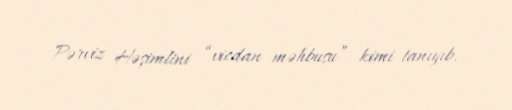
Pərviz Həşimlini “vicdan məhbusu” kimi tanıyıb.